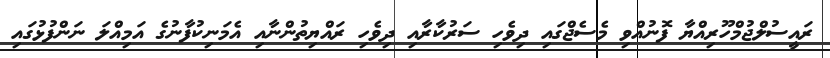
ރައީސުލްޖުމްހޫރިއްޔާ ފޮނުއްވި މެސެޖްގައި ދިވެހި ސަރުކާރާއި ދިވެހި ރައްޔިތުންނާއި އެމަނިކުފާނުގެ އަމިއްލަ ނަންފުޅުގައި